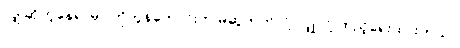
လျှိုဆိုတဲ့နေရာမှာ ကိုဘွန်ဟောင်းက မဆွဲတတ်လို့ လျှိုလို့ ထည့်ရေးထားတယ်။